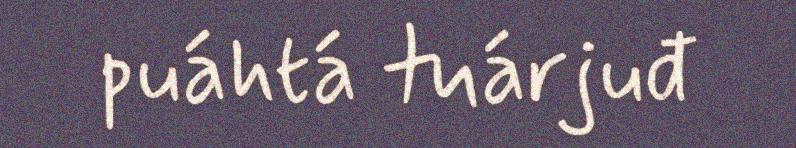
puáhtá tuárjuđ